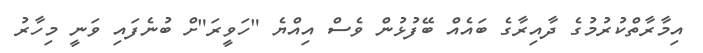
އިމާރާތްކުރުމުގެ ދާއިރާގެ ބައެއް ބޭފުޅުން ވެސް އިއްޔެ "ހަވީރަ"ށް ބުނެފައި ވަނީ މިހާރު